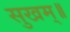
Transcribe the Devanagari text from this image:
सुखम्॥